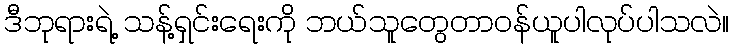
ဒီဘုရားရဲ့ သန့်ရှင်းရေးကို ဘယ်သူတွေတာဝန်ယူပါလုပ်ပါသလဲ။